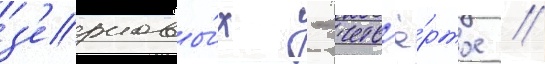
з'ерновы́х - четв'ё́ртое //